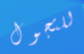
للتجول